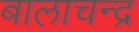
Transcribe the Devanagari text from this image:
बालाचन्द्र